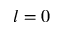
l = 0